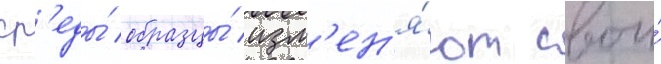
ср'еды́ образцы́ изм'ен'я́ют свои́